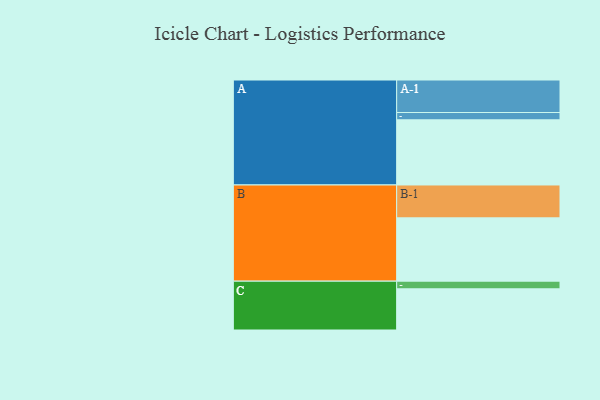
{"axis": {"x": "Segment", "y": "Value"}, "legend": ["", "A", "B", "C"], "data": [{"x": "A", "y": 527, "type": ""}, {"x": "B", "y": 512, "type": ""}, {"x": "C", "y": 333, "type": ""}, {"x": "A-1", "y": 263, "type": "A"}, {"x": "A-2", "y": 59, "type": "A"}, {"x": "B-1", "y": 266, "type": "B"}, {"x": "C-1", "y": 62, "type": "C"}]}